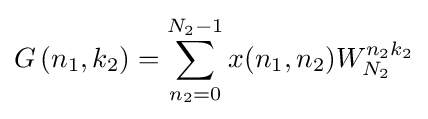
G\left(n_{1},k_{2}\right)=\sum _{n_{2}=0}^{N_{2}-1}x(n_{1},n_{2})W_{N_{2}}^{n_{2}k_{2}}